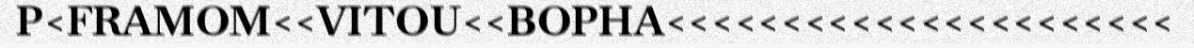
P<FRAMOM<<VITOU<<BOPHA<<<<<<<<<<<<<<<<<<<<<<